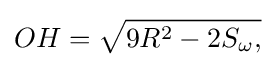
OH={\sqrt {9R^{2}-2S_{\omega },}}